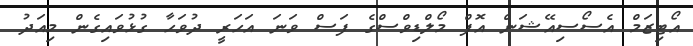
އޯޓިޒަމް އެސޯސިއޭޝަން އޮފް މޯލްޑިވްސްގެ ފަސް ވަނަ އަހަރީ ދުވަހާ ގުޅުވައިގެން މިއަދު